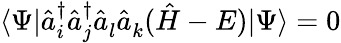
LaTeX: \langle\Psi|\hat{a}_{i}^{\dagger}\hat{a}_{j}^{\dagger}\hat{a}_{l}^{}\hat{a}_{k}^{}(\hat{H}-E)|\Psi\rangle=0